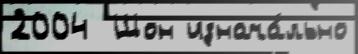
2004  Шон изнача́льно